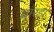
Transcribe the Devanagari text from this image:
यारडा